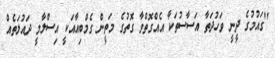
"ގައުމުގެ ދީނީ ވަހުދަތާ އަސާސުތަކާ އެއްގޮތްވާ ގޮތުގެ މަތީން ގެމްބިއާއަކީ އިސްލާމީ ދައުލަތެއް